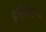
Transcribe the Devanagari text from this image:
दृष्टिबैषम्य